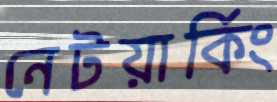
নেটয়ার্কিং